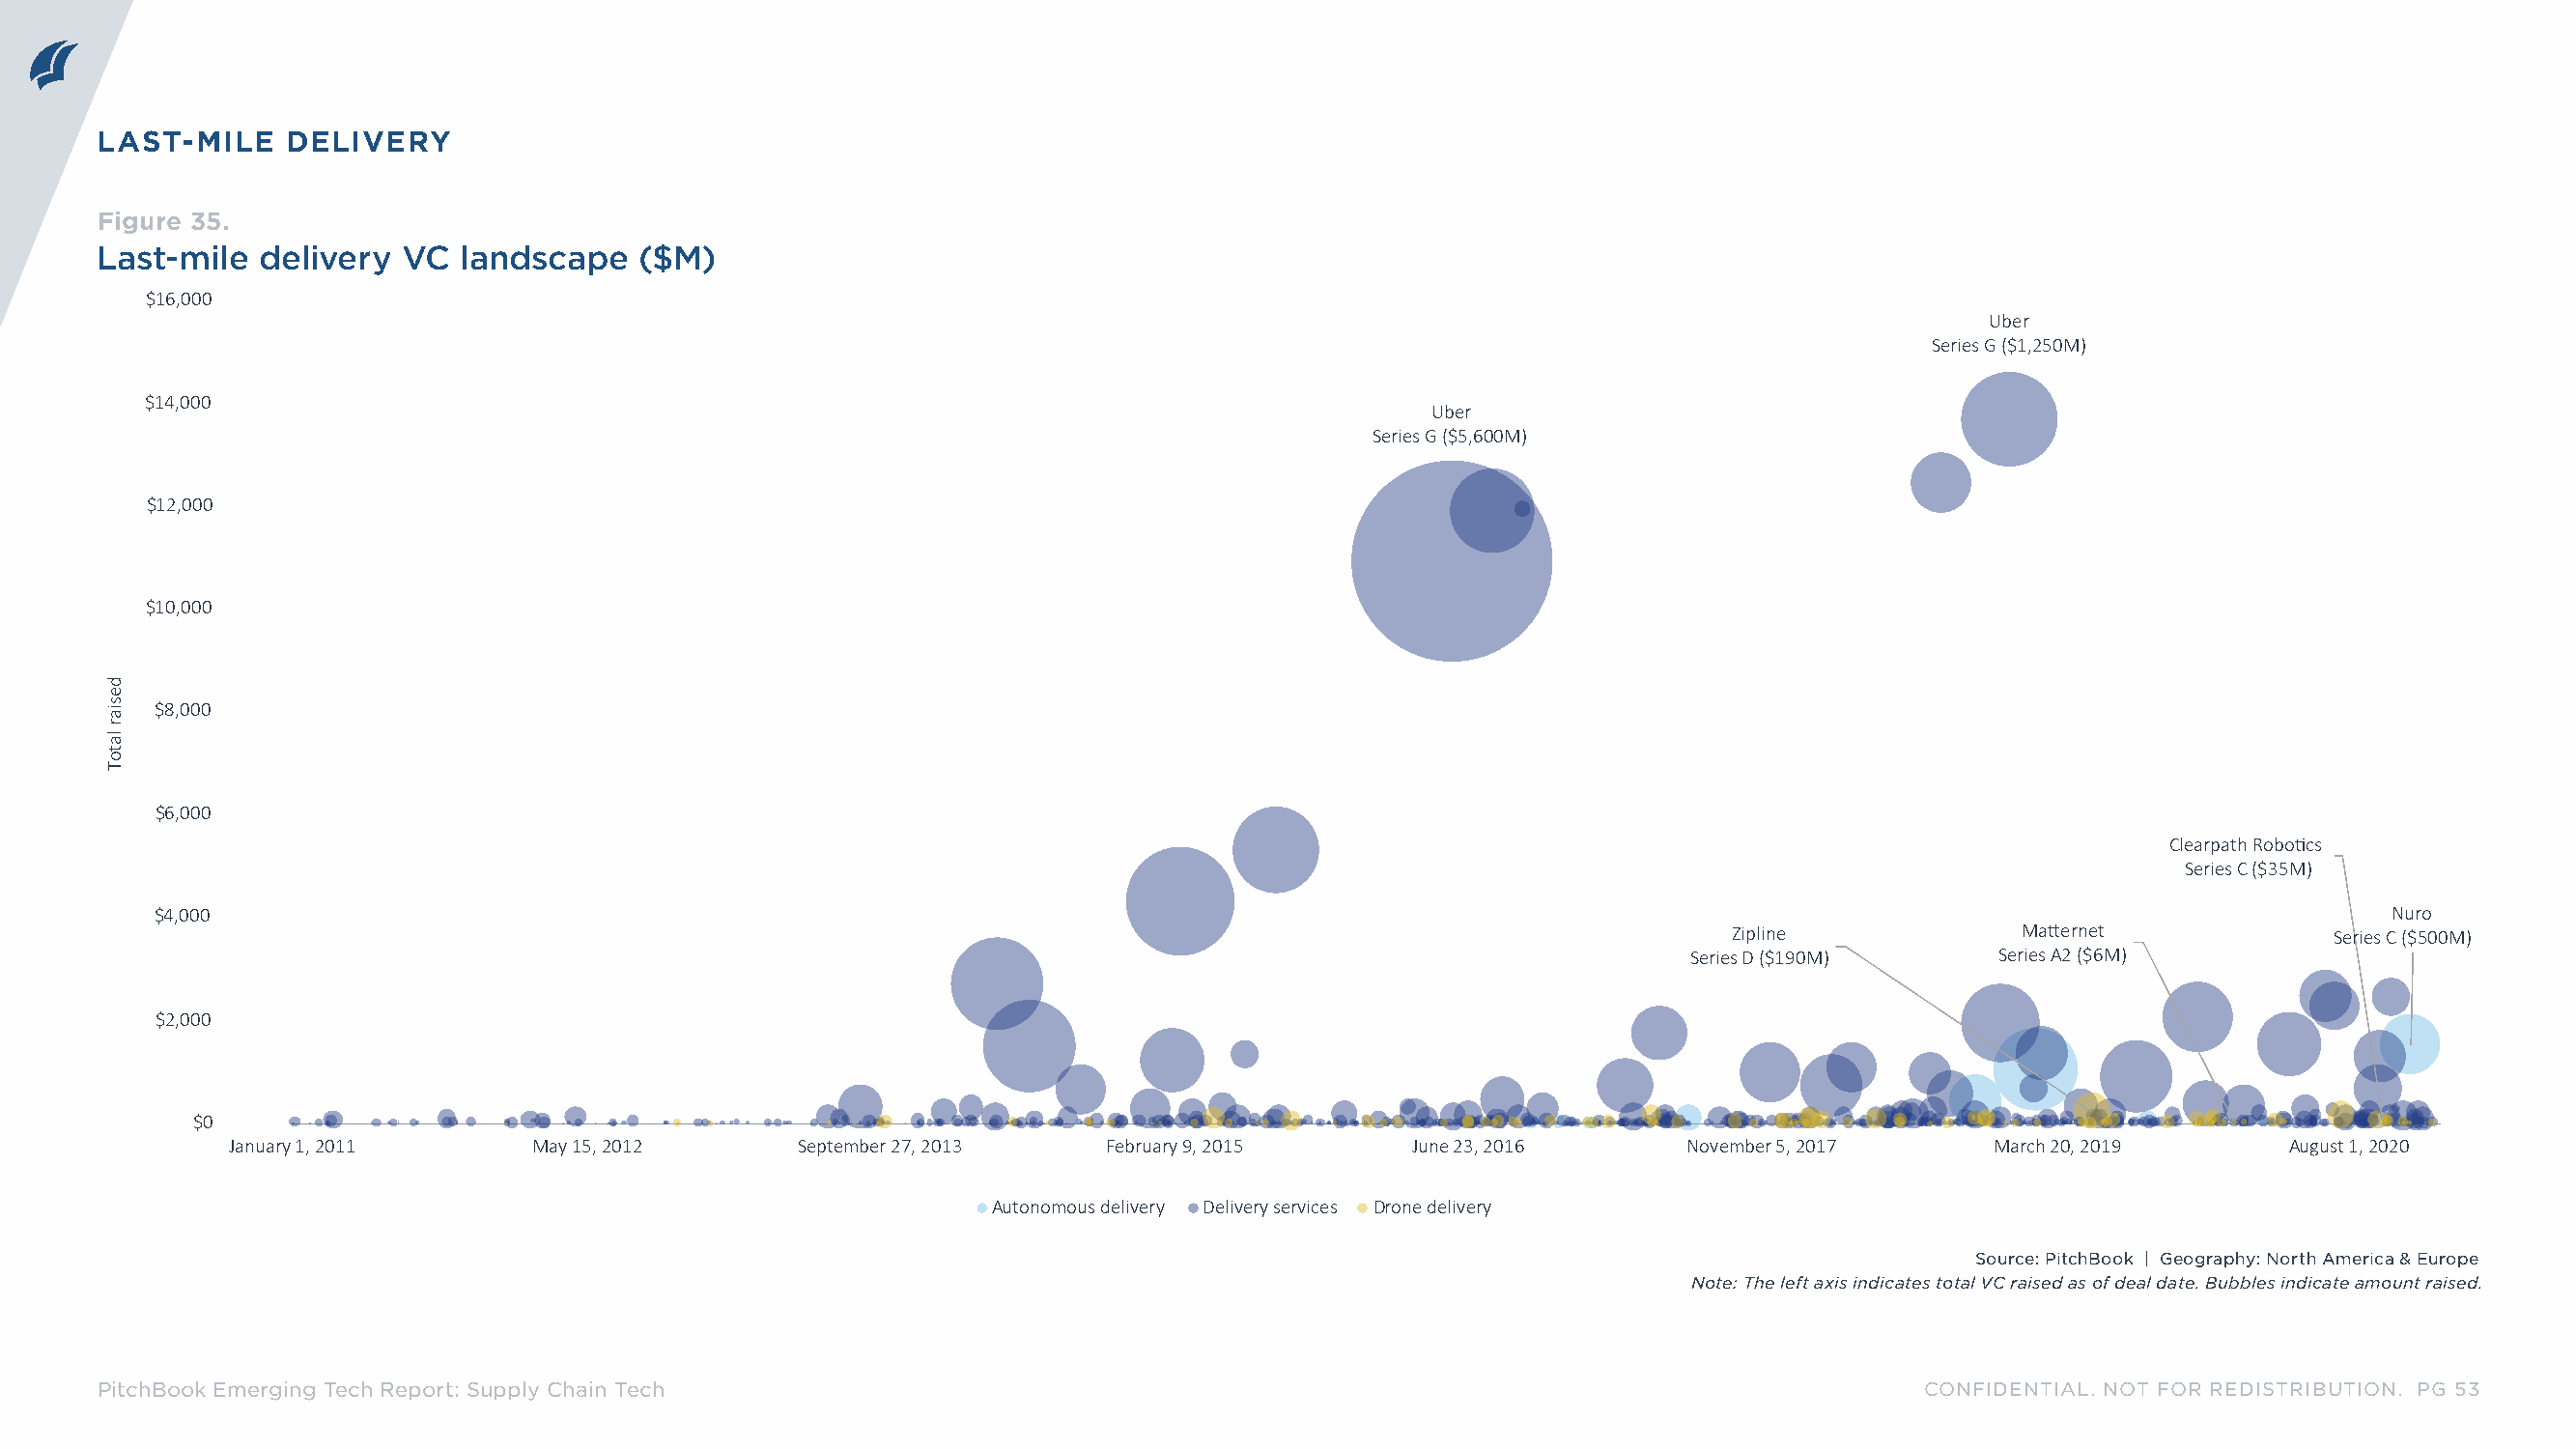
LAST-MILE    DELIVERY
 Figure 35.
 Last-mile  delivery  VC  landscape   ($M)
 $16,000
 Uber
 Series G ($1,250M)
 $14,000
 Uber
 Series G ($5,600M)
 $12,000
 $10,000
 $8,000
 $6,000
 Clearpath Robo�cs
 Series C ($35M)
 $4,000                                                                                                                                                   Nuro
 Zipline             Ma�ernet             Series C ($500M)
 Series D ($190M)     Series A2 ($6M)
 $2,000
 $0
 January 1, 2011      May 15, 2012      September 27, 2013   February 9, 2015     June 23, 2016      November 5, 2017     March 20, 2019      August 1, 2020
 Autonomous delivery Delivery services Drone delivery
 Source: PitchBook | Geography: North America & Europe
 Note: The left axis indicates total VC raised as of deal date. Bubbles indicate amount raised.
 PitchBook Emerging Tech Report: Supply Chain Tech                                                                            CONFIDENTIAL. NOT FOR REDISTRIBUTION. PG 53
 desiar
 latoT